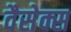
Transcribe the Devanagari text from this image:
वैसेक्स